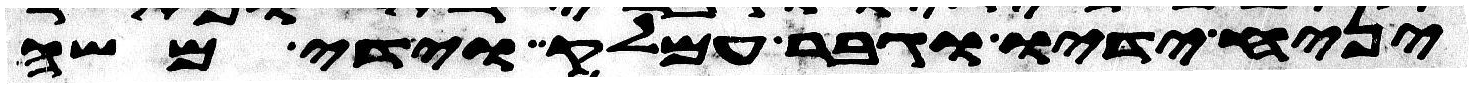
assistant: יניח ידיו וגבר עמלק וידי משה